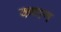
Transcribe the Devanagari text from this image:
कणन